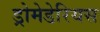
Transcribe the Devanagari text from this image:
ड्रोमेडेरियस